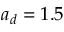
a _ { d } = 1 . 5